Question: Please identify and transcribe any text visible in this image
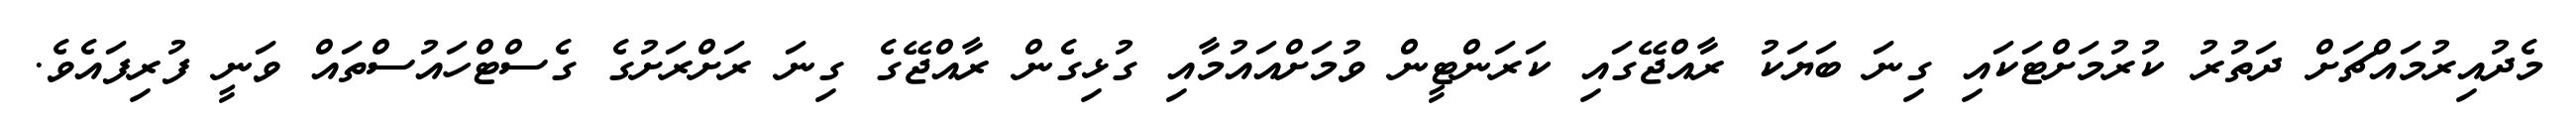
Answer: މެދުއިރުމައްޗަށް ދަތުރު ކުރުމަށްޓަކައި ގިނަ ބަޔަކު ރާއްޖޭގައި ކަރަންޓީން ވުމަށްއައުމާއި ގުޅިގެން ރާއްޖޭގެ ގިނަ ރަށްރަށުގެ ގެސްޓްހައުސްތައް ވަނީ ފުރިފައެވެ.